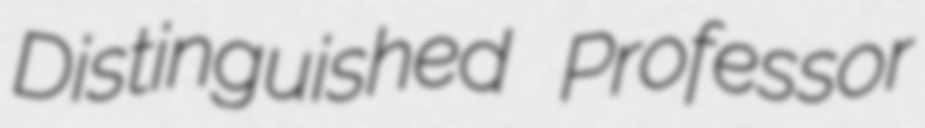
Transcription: Distinguished Professor